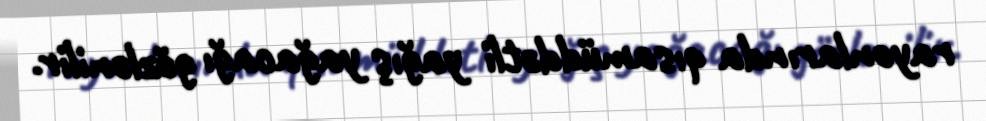
rayonlarında qısamüddətli yağış yağacağı gözlənilir.